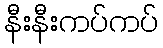
နီးနီးကပ်ကပ်